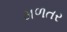
મળતર